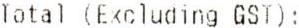
TOTAL (EXCLUDING GST):